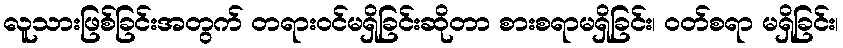
လူသားဖြစ်ခြင်းအတွက် တရားဝင်မရှိခြင်းဆိုတာ စားစရာမရှိခြင်း၊ ဝတ်စရာ မရှိခြင်း၊